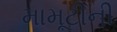
મામૂટીની